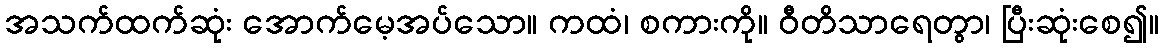
အသက်ထက်ဆုံး အောက်မေ့အပ်သော။ ကထံ၊ စကားကို။ ဝီတိသာရေတွာ၊ ပြီးဆုံးစေ၍။